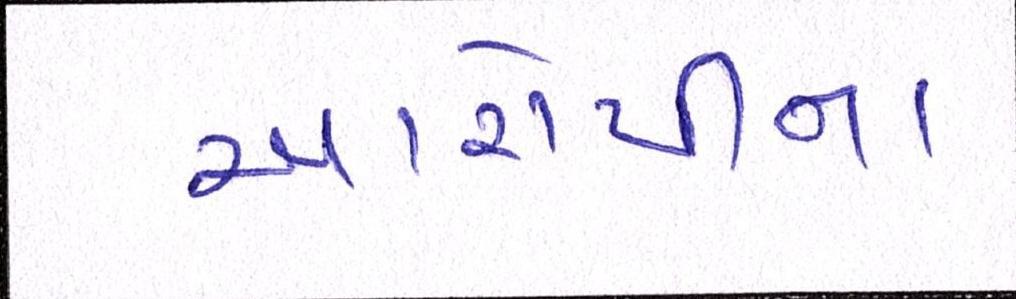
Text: આરોપીના